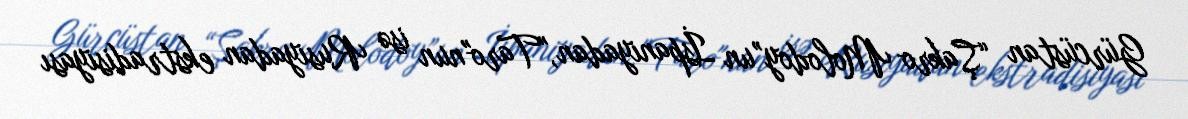
Gürcüstan “Şakro Molodoy”un İspaniyadan,"Taro"nun isə Rusiyadan ekstradisiyası